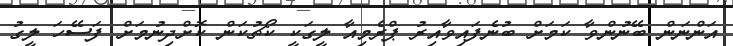
އަންނަން ބޭނުންވާ ކަމަށް ބުނެފައިވާއިރު ޕްރެމިއާ ލީގަކީ ކޯޗުކަން ކޮށްދިނުމަށް ފަސޭހަ ލީގު